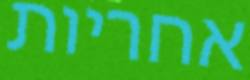
אחריות